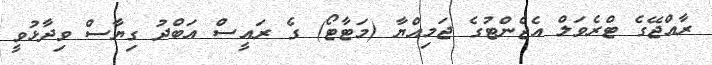
ރާއްޖޭގެ ޓްރެވަލް އެޖެންޓުގެ ޖަމިއްޔާ (މަޓާޓޯ) ގެ ރައީސް އަބްދު ގިޔާސް ވިދާޅުވީ